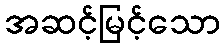
အဆင့်မြင့်သော